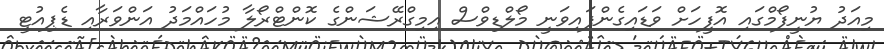
މިއަދު ޔުނީފޯމްގައި އޮފީހަށް ވަޑައިގެންފައިވަނީ މޯލްޑިވްސް އިމިގްރޭޝަންގެ ކޮންޓްރޯލާ މުހައްމަދު އަންވަރާއި ޑެޕިއުޓީ